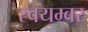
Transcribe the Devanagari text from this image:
स्वयम्बर